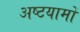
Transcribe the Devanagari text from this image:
अष्टयामों